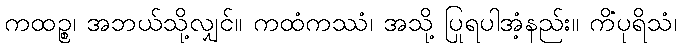
ကထဉ္စ၊ အဘယ်သို့လျှင်။ ကထံကဿံ၊ အသို့ ပြုရပါအံ့နည်း။ ကိံပုရိသံ၊